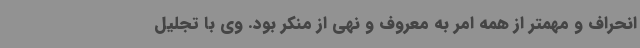
انحراف و مهمتر از همه امر به معروف و نهی از منکر بود. وی با تجلیل